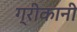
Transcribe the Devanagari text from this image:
ग्रीकानी